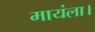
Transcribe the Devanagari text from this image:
मायंला।